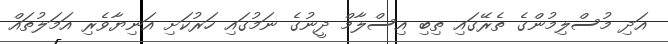
އަދި މުސްލިމުންގެ ތެރޭގައި ތިބި އިސްލާމް ދީނުގެ ނަމުގައި ހަރުކަށި އަނިޔާވެރި އަމަލުތައް